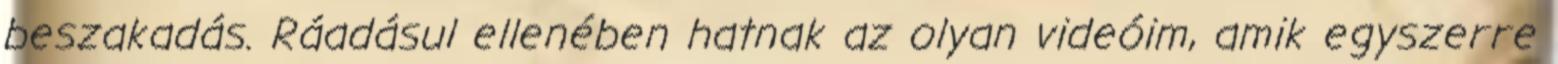
beszakadás. Ráadásul ellenében hatnak az olyan videóim, amik egyszerre